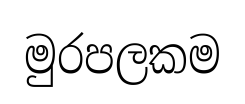
මුරපලකම